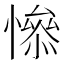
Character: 𢡖